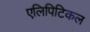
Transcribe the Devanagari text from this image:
एलिपिटिकल